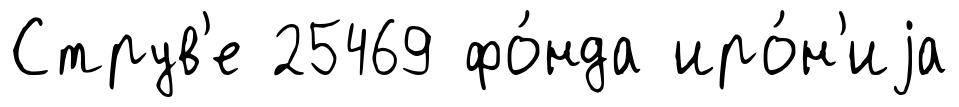
Струв'е 25469 фо́нда иро́н'иjа